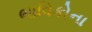
ભાવિકોના